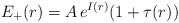
\begin{align*} E_+(r)=A\,e^{I(r)}(1+\tau(r)) \end{align*}